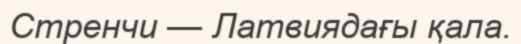
Стренчи — Латвиядағы қала.